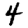
Digit: 4